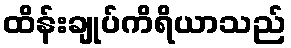
ထိန်းချုပ်ကိရိယာသည်